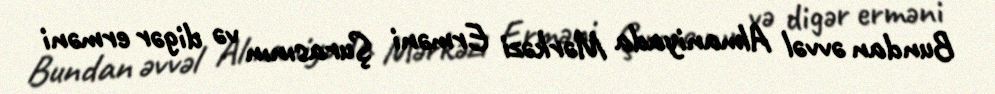
Bundan əvvəl Almaniyada Mərkəzi Erməni Şurasının və digər erməni